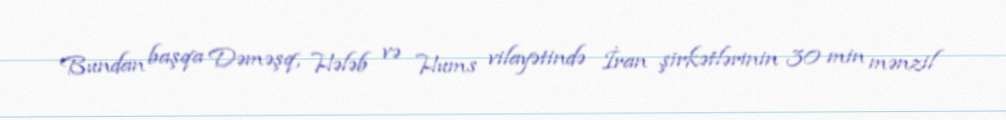
Bundan başqa Dəməşq, Hələb və Hums vilayətində İran şirkətlərinin 30 min mənzil